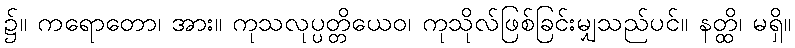
၌။ ကရောတော၊ အား။ ကုသလုပ္ပတ္တိယေဝ၊ ကုသိုလ်ဖြစ်ခြင်းမျှသည်ပင်။ နတ္ထိ၊ မရှိ။